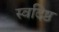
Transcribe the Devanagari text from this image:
स्वदिष्ठ